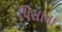
પિસાના